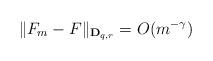
LaTeX: \begin{align*} \| F_m -F \|_{ \mathbf{D}_{q,r}} = O (m^{-\gamma}) \end{align*}